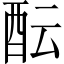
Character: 酝